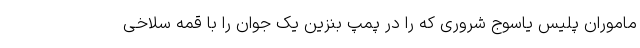
ماموران پلیس یاسوج شروری که را در پمپ بنزین یک جوان را با قمه سلاخی